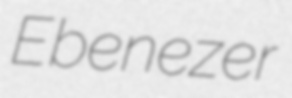
Ebenezer